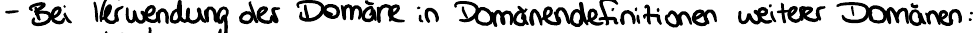
- Bei Verwendung der Domäne in Domänendefinitionen weiterer Domänen: